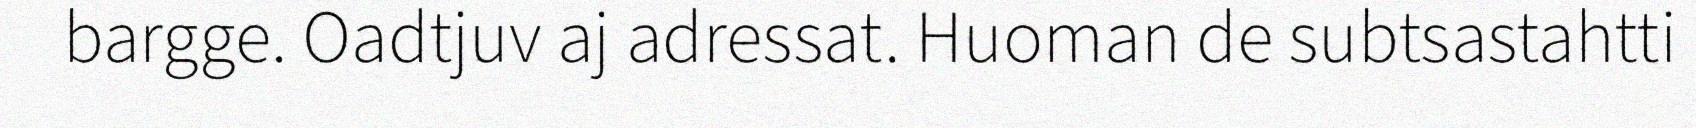
bargge. Oadtjuv aj adressat. Huoman de subtsastahtti